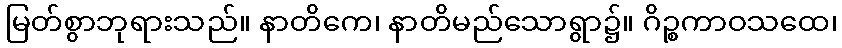
မြတ်စွာဘုရားသည်။ နာတိကေ၊ နာတိမည်သောရွာ၌။ ဂိဉ္စကာဝသထေ၊